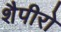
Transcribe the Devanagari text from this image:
शैपीरो